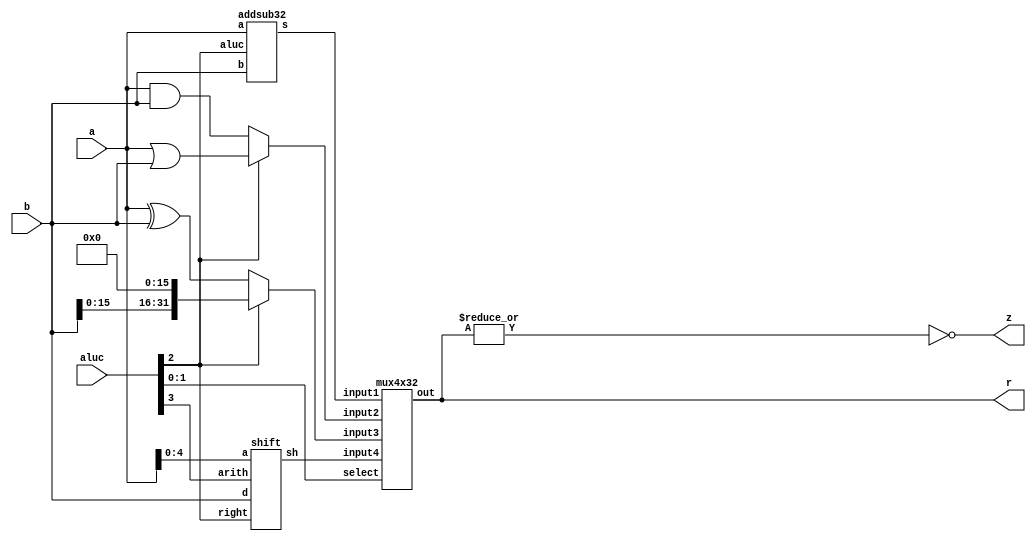
`timescale 1ns / 1ps
//////////////////////////////////////////////////////////////////////////////////
// Company: 
// Engineer: 
// 
// Design Name: 
// Module Name: Testing
// Project Name: 
// Target Devices: 
// Tool Versions: 
// Description: 
// 
// Dependencies: 
// 
// Revision:
// Revision 0.01 - File Created
// Additional Comments:
// 
//////////////////////////////////////////////////////////////////////////////////


module ALU(a,b,aluc, r,z);
  input wire [31:0] a,b;
  input wire [3:0] aluc;
  //input wire clk;
  output wire z;
  output wire [31:0] r;
  
  wire [31:0] d_and = a & b;
  wire [31:0] d_or = a | b;
  wire [31:0] d_xor = a ^ b;
  wire [31:0] d_lui = {b[15:0], 16'h0};
  wire [31:0] d_and_or = aluc[2] ? d_or : d_and;
  wire [31:0] d_xor_lui = aluc[2] ? d_lui : d_xor;
  wire [31:0] d_as, d_sh;
  
  addsub32 as32 (a,b,aluc[2], d_as);
  
  shift shifter (b,a[4:0], aluc[2], aluc[3], d_sh);
  
  mux4x32 res (d_as, d_and_or, d_xor_lui, d_sh, aluc[1:0], r);
  assign z = ~|r;
  
endmodule

module mux4x32 (input [31:0] input1, 
                input [31:0] input2,
                input [31:0] input3,
                input [31:0] input4,
                input [1:0] select,
                output reg [31:0] out);
  always @(*) begin
    out <= select[1] ? (select[0]? input3 : input4) : (select[0] ? input2 : input1);
  end
endmodule

module addsub32(input [31:0] a,
                input [31:0] b,
                input aluc,
                output [31:0] s);
    wire [31:0] b_xor_sub = b^{32{aluc}};
    
    //always @(*) begin
        cla32 as32 (a,b_xor_sub, aluc, s);
    //end
endmodule

module cla32(input [31:0] a, 
             input [31:0] b,
             input aluc, 
             output wire [31:0] s);
             
    assign s = a + b;
endmodule

module shift (input [31:0] d,
              input [4:0] a,
              input right,
              input arith,
              output reg [31:0] sh);
    always @(*) begin
        if(!right) begin
            sh = d << a;
        end else if (!arith) begin
            sh = d >> a;
        end else begin
            sh = $signed(d) >>> a;
        end
    end
endmodule